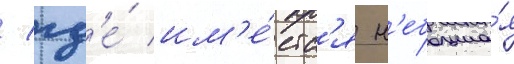
/ гд'е́ им'е́етс'я н'ебольша́я